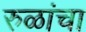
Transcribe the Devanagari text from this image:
रुळांचा